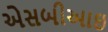
એસબીઆઇ